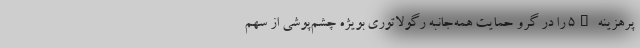
پرهزینه 5G را در گرو حمایت همه‌جانبه رگولاتوری بویژه چشم‌پوشی از سهم